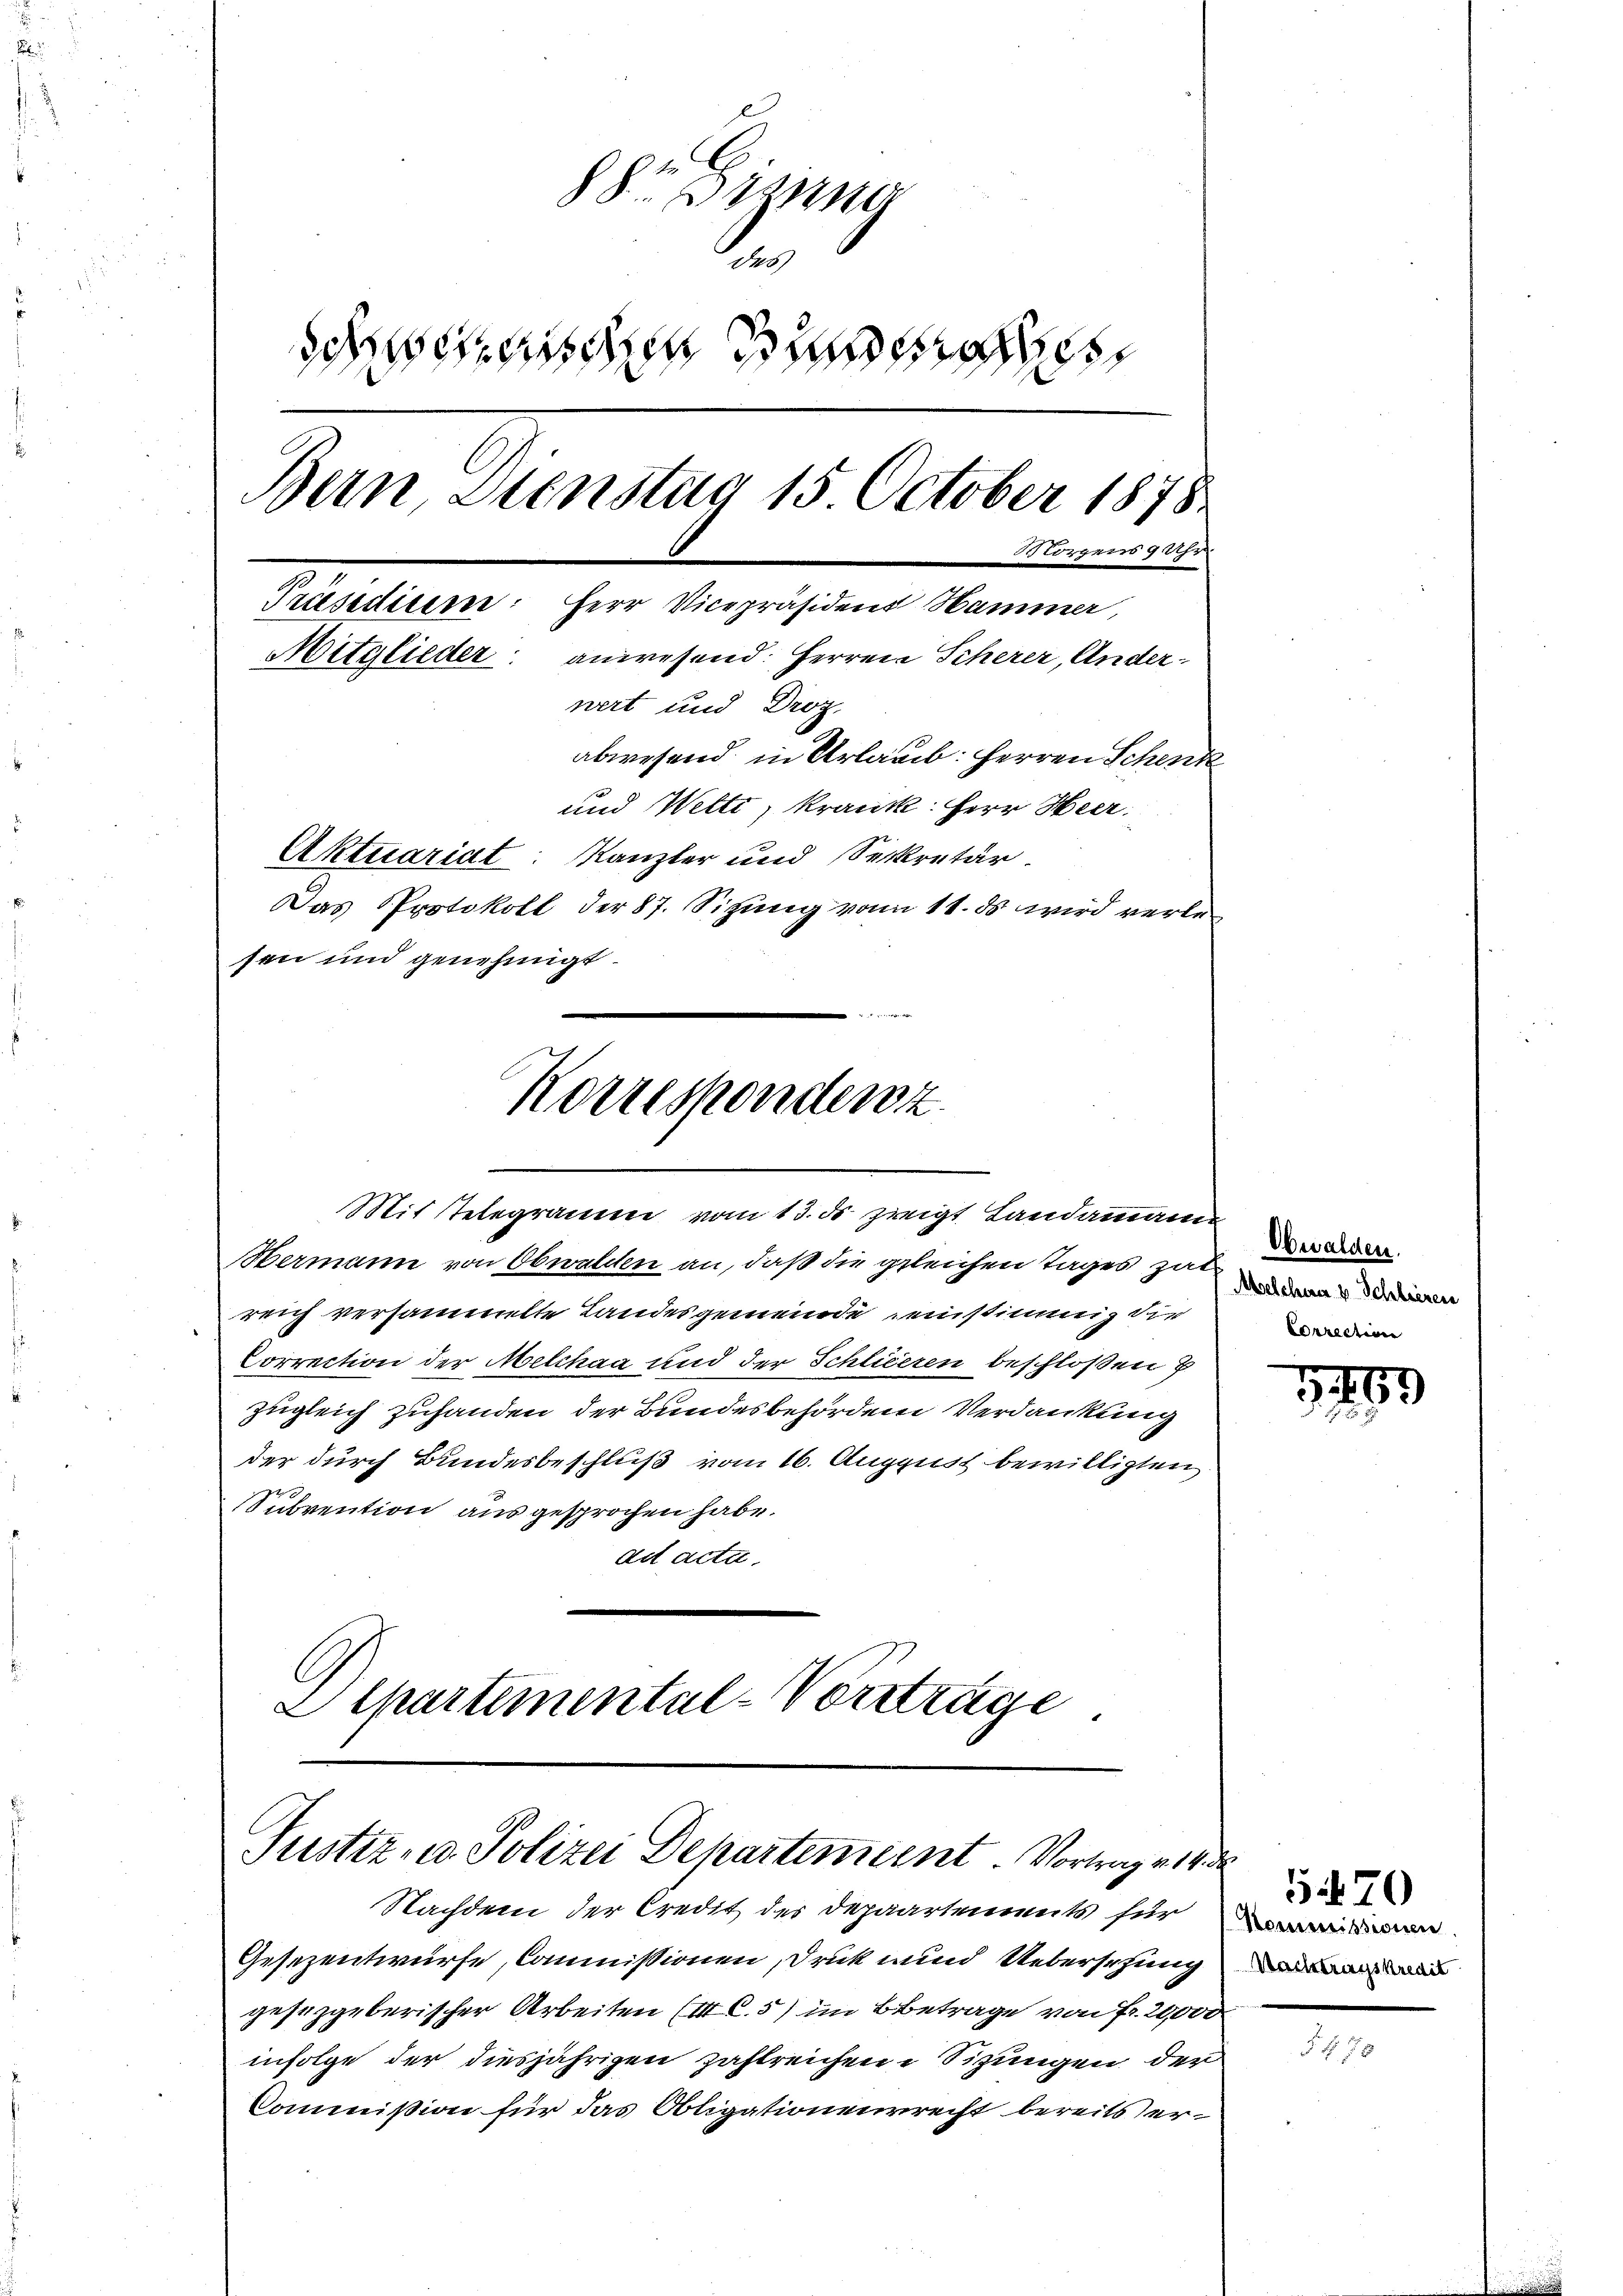
S. Arzne
des

Bern Dienstag 15 October 1878
Morgens 9 Uhr
Präsidiere: Herr Vicepräsident Hammer,
Mitglieder: anwesend: Herren Scherer, Ander-
nert und Droz.
abwesend in Urlaub: Herren Schenk
und Wette, krank: Herr Heer
Aktuariat: Kanzler und Seekretär
Das Protokoll der 87. Sizung vom 11. ds wird verlesen und genehmigt.

Korrespondenz
Mit stelegramm vom 13. ds zeigt Landammann

Bermann von Obwalden an, daß die geleichen Tages zur
reich versammte Landesgemeinde einstimmig die
Correction der Melchaa und der Schlieeren beschloßen u
zugleich zuhanden der Bundesbehörden Verdankung
der durch Bundesbeschluß vom 16. August bewilligten.
Subvention ausgesprochen habe.
ad acta.
Departemental-Vorträge

Justiz- u. Polizei Departement Vortrage 18 d

Nachdem der Credit des Depaartements für

Obwalden.
Correction

Gesezentwurfe, Commissionen, Druck und Uebersetzung
gesetzgeberischer Arbeiten (IC.5) im Betrage von Fr. 20,000
infolge der diesjährigen zahlreichen Sizungen der
Commißion für das Obligationenrecht bereits er¬

1499

57.

5470

2